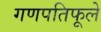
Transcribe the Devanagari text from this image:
गणपतिफूले